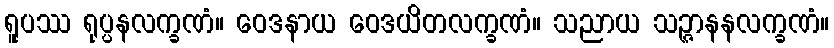
ရူပဿ ရုပ္ပနလက္ခဏံ။ ဝေဒနာယ ဝေဒယိတလက္ခဏံ။ သညာယ သဉ္ဇာနနလက္ခဏံ။